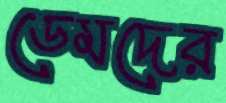
ডেমদের